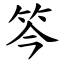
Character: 笒